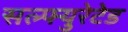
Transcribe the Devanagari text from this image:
सल्फ्युरेटेड